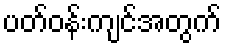
ပတ်ဝန်းကျင်အတွက်